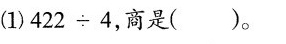
(1)$$4 2 2 { \div } 4$$，商是( )。